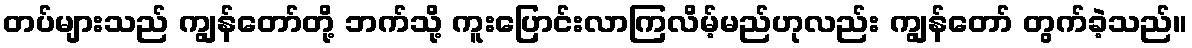
တပ်များသည် ကျွန်တော်တို့ ဘက်သို့ ကူးပြောင်းလာကြလိမ့်မည်ဟုလည်း ကျွန်တော် တွက်ခဲ့သည်။